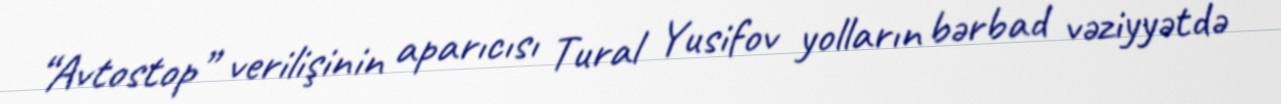
“Avtostop” verilişinin aparıcısı Tural Yusifov yolların bərbad vəziyyətdə